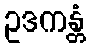
ဥဒကန္တံ